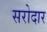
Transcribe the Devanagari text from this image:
सरोदार